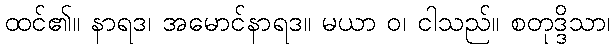
ထင်၏။ နာရဒ၊ အမောင်နာရဒ။ မယာ ဝ၊ ငါသည်။ စတုဒ္ဒိသာ၊